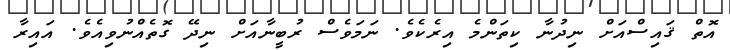
އޮތް ޤައިސްއަށް ނިދުނާ ކިތަންމެ އިރެކެވެ. ނަމަވެސް ރުބީނާއަށް ނިދޭ ގޮތެއްނުވިއެވެ. އައިރާ